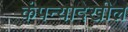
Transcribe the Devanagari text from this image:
कंपन्यादेखील